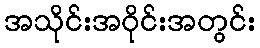
အသိုင်းအဝိုင်းအတွင်း